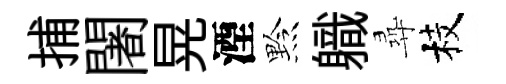
捕闍晃湮黔軄尋枝